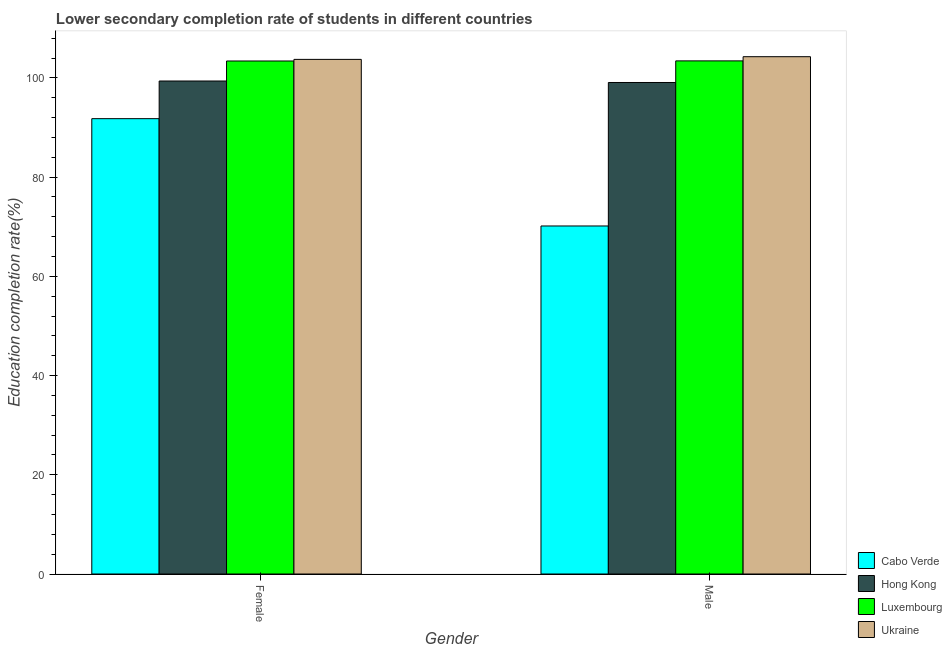
| Gender | Cabo Verde | Hong Kong | Luxembourg | Ukraine |
 | --- | --- | --- | --- | --- |
 | Female | 91.8 | 99.4 | 103 | 104 |
 | Male | 70.2 | 99.1 | 103 | 104 |